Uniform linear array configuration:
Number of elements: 32
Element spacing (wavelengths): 0.5
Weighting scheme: hamming
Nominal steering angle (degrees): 45
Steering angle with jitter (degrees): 44.757
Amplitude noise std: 0.05
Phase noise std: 0.05

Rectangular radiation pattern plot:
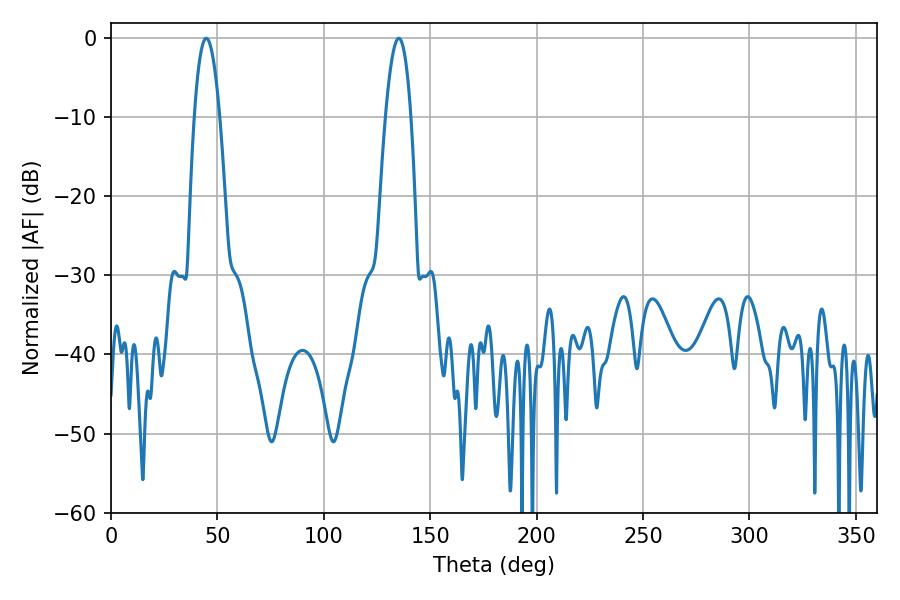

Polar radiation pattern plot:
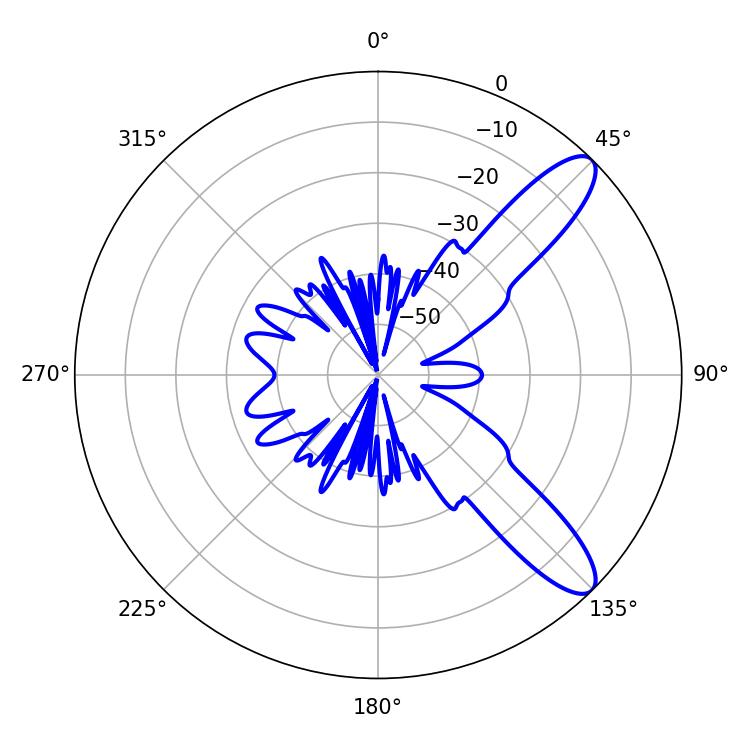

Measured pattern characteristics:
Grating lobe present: FALSE
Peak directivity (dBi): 10.576
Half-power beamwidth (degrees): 6.66
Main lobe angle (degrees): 44.82